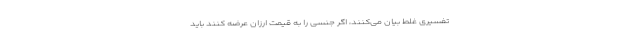
تفسیری غلط بیان می‌کنند، اگر جنسی را به قیمت ارزان عرضه کنند باید